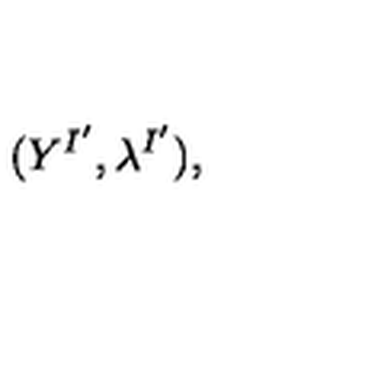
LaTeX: ( Y ^ { I ^ { \prime } } , \lambda ^ { I ^ { \prime } } ) ,